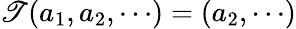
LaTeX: \mathscr{T}(a_{1},a_{2},\cdots)=(a_{2},\cdots)